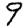
Digit: 9